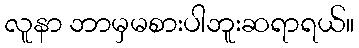
လူနာ ဘာမှမစားပါဘူးဆရာရယ်။